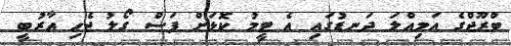
ބްރޫޖްގެ އަމިއްލަ ދަނޑުގައި އެ ޓީމު ކޮޅަށް ފަސް ގޯލު ޖެހި އާރުބީ